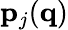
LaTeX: {\mathbf p}_{j}({\mathbf q})